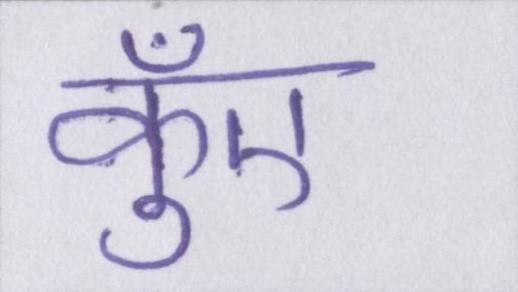
कुँए